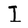
Character: I